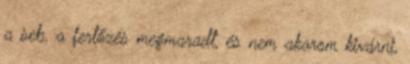
a seb, a fertőzés megmaradt, és nem akarom kivárni,